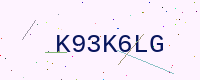
Text: K93K6LG